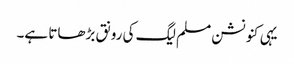
یہی کنونشن مسلم لیگ کی رونق بڑھاتا ہے۔